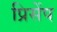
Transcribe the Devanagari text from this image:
प्रिसेंप